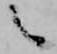
之